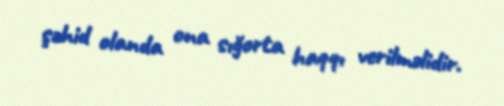
şəhid olanda ona sığorta haqqı verilməlidir.